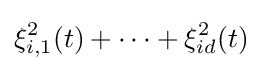
\xi _{i,1}^{2}(t)+\cdots +\xi _{id}^{2}(t)